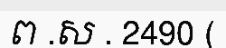
ព .ស . 2490 (